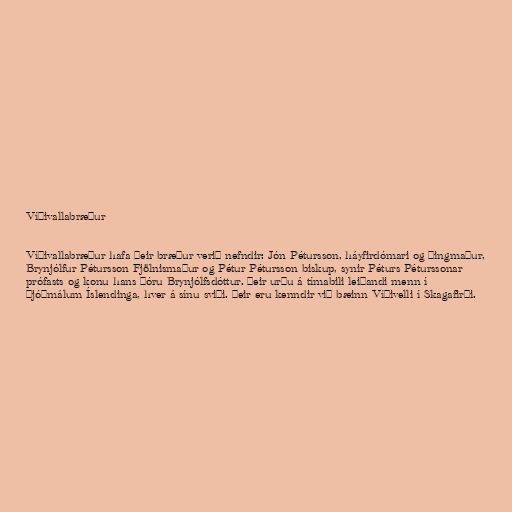
Víðivallabræður

Víðivallabræður hafa þeir bræður verið nefndir: Jón Pétursson, háyfirdómari og þingmaður,
Brynjólfur Pétursson Fjölnismaður og Pétur Pétursson biskup, synir Péturs Péturssonar
prófasts og konu hans Þóru Brynjólfsdóttur. Þeir urðu á tímabili leiðandi menn í
þjóðmálum Íslendinga, hver á sínu sviði. Þeir eru kenndir við bæinn Víðivelli í Skagafirði.